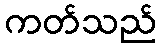
ကတ်သည်